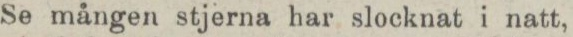
Se mången stjerna har slocknat i natt,